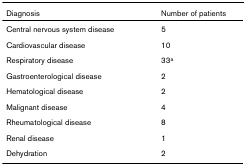
<table><thead><tr><td><b>Diagnosis</b></td><td><b>Number of patients</b></td></tr></thead><tbody><tr><td>Central nervous system disease</td><td>5</td></tr><tr><td>Cardiovascular disease</td><td>10</td></tr><tr><td>Respiratory disease</td><td>33<sup>a</sup></td></tr><tr><td>Gastroenterological disease</td><td>2</td></tr><tr><td>Hematological disease</td><td>2</td></tr><tr><td>Malignant disease</td><td>4</td></tr><tr><td>Rheumatological disease</td><td>8</td></tr><tr><td>Renal disease</td><td>1</td></tr><tr><td>Dehydration</td><td>2</td></tr></tbody></table>